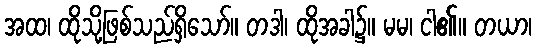
အထ၊ ထိုသို့ဖြစ်သည်ရှိသော်။ တဒါ၊ ထိုအခါ၌။ မမ၊ ငါ၏။ တယာ၊